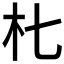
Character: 𱢾